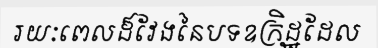
រយៈពេលដ៏វែងនៃបទឧក្រិដ្ឋដែល